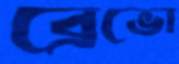
ব্রেভো